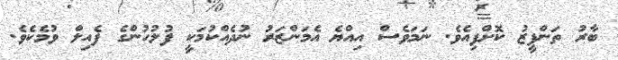
ބާރު ތަންފީޒު ކޮށްފިއެވެ. ނަމަވެސް އިއްޔެ އެމަންޒަރު ނުދެއްކުމަކީ ފުލުހުންގެ ފެއިލް ވުމެކެވެ.